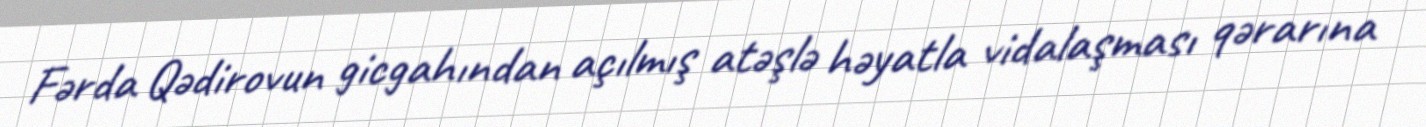
Fərda Qədirovun gicgahından açılmış atəşlə həyatla vidalaşması qərarına